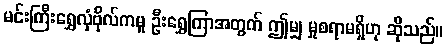
မင်းကြီးရွှေလှံဗိုလ်ကမူ ဦးရွှေကြာအတွက် ဤမျှ မှုစရာမရှိဟု ဆိုသည်။